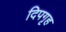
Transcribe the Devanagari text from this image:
दिपगृह